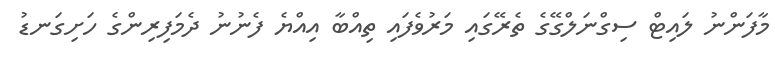
މާފަންނު ލައިޓް ސިގްނަލްގޭގެ ތެރޭގައި މަރުވެފައި ތިއްބާ އިއްޔެ ފެނުނު ދެމަފިރިންގެ ހަށިގަނޑު